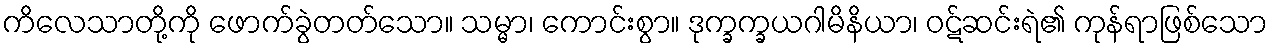
ကိလေသာတို့ကို ဖောက်ခွဲတတ်သော။ သမ္မာ၊ ကောင်းစွာ။ ဒုက္ခက္ခယဂါမိနိယာ၊ ဝဋ်ဆင်းရဲ၏ ကုန်ရာဖြစ်သော